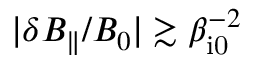
| \delta B _ { \parallel } / B _ { 0 } | \gtrsim \beta _ { \mathrm { i 0 } } ^ { - 2 }